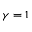
\gamma = 1